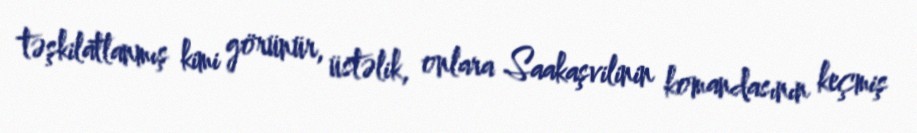
təşkilatlanmış kimi görünür, üstəlik, onlara Saakaşvilinin komandasının keçmiş